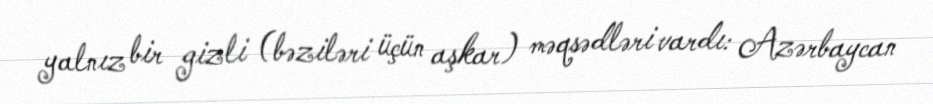
yalnız bir gizli (bəziləri üçün aşkar) məqsədləri vardı: Azərbaycan